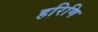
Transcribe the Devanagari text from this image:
हरिणि